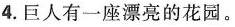
4.巨人有一座漂亮的花园。